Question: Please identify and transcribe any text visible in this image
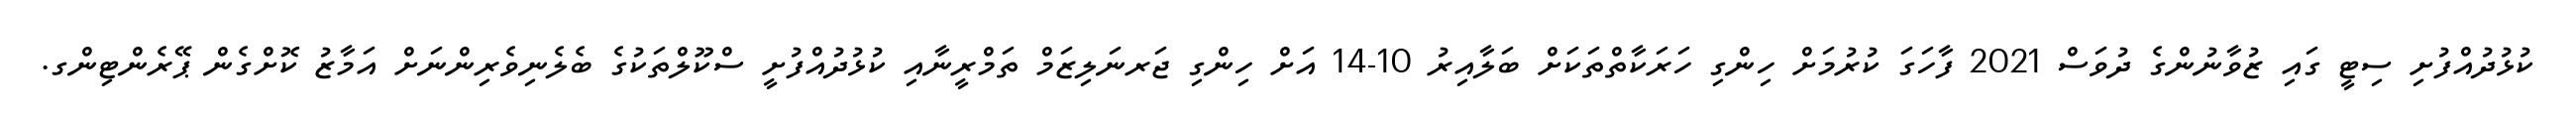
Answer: ކުޅުދުއްފުށި ސިޓީ ގައި ޒުވާނުންގެ ދުވަސް 2021 ފާހަގަ ކުރުމަށް ހިންގި ހަރަކާތްތަކަށް ބަލާއިރު 10-14 އަށް ހިންގި ޖަރނަލިޒަމް ތަމްރީނާއި ކުޅުދުއްފުށީ ސްކޫލްތަކުގެ ބެލެނިވެރިންނަށް އަމާޒު ކޮށްގެން ޕޭރެންޓިންގ.